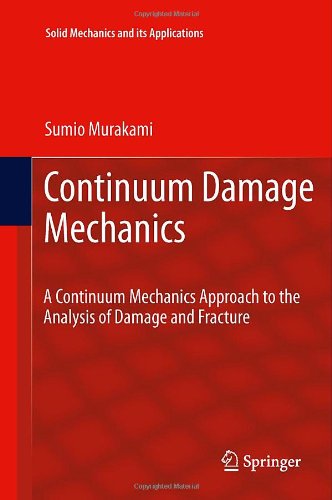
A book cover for Continuum Damage Mechanics: A Continuum Mechanics Approach to the Analysis of Damage and Fracture (Solid Mechanics and Its Applications); Sumio Murakami; Science & Math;